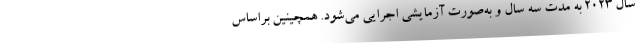
سال ۲۰۲۳ به مدت سه سال و به‌صورت آزمایشی اجرایی می‌شود. همچینین براساس